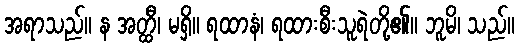
အရာသည်။ န အတ္ထီ၊ မရှိ။ ရထာနံ၊ ရထားစီးသူရဲတို့၏။ ဘူမိ၊ သည်။